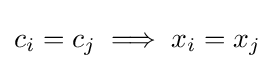
c_{i}=c_{j}\implies x_{i}=x_{j}